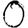
Digit: 0